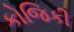
કોજિકી